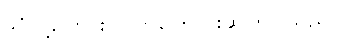
ဒဂုံလို့ပြောင်းလဲလာကြောင်းဆိုကြပါသည်။